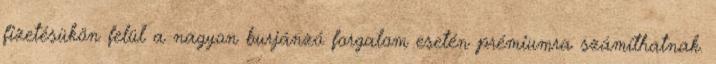
fizetésükön felül a nagyon burjánzó forgalom esetén prémiumra számíthatnak.